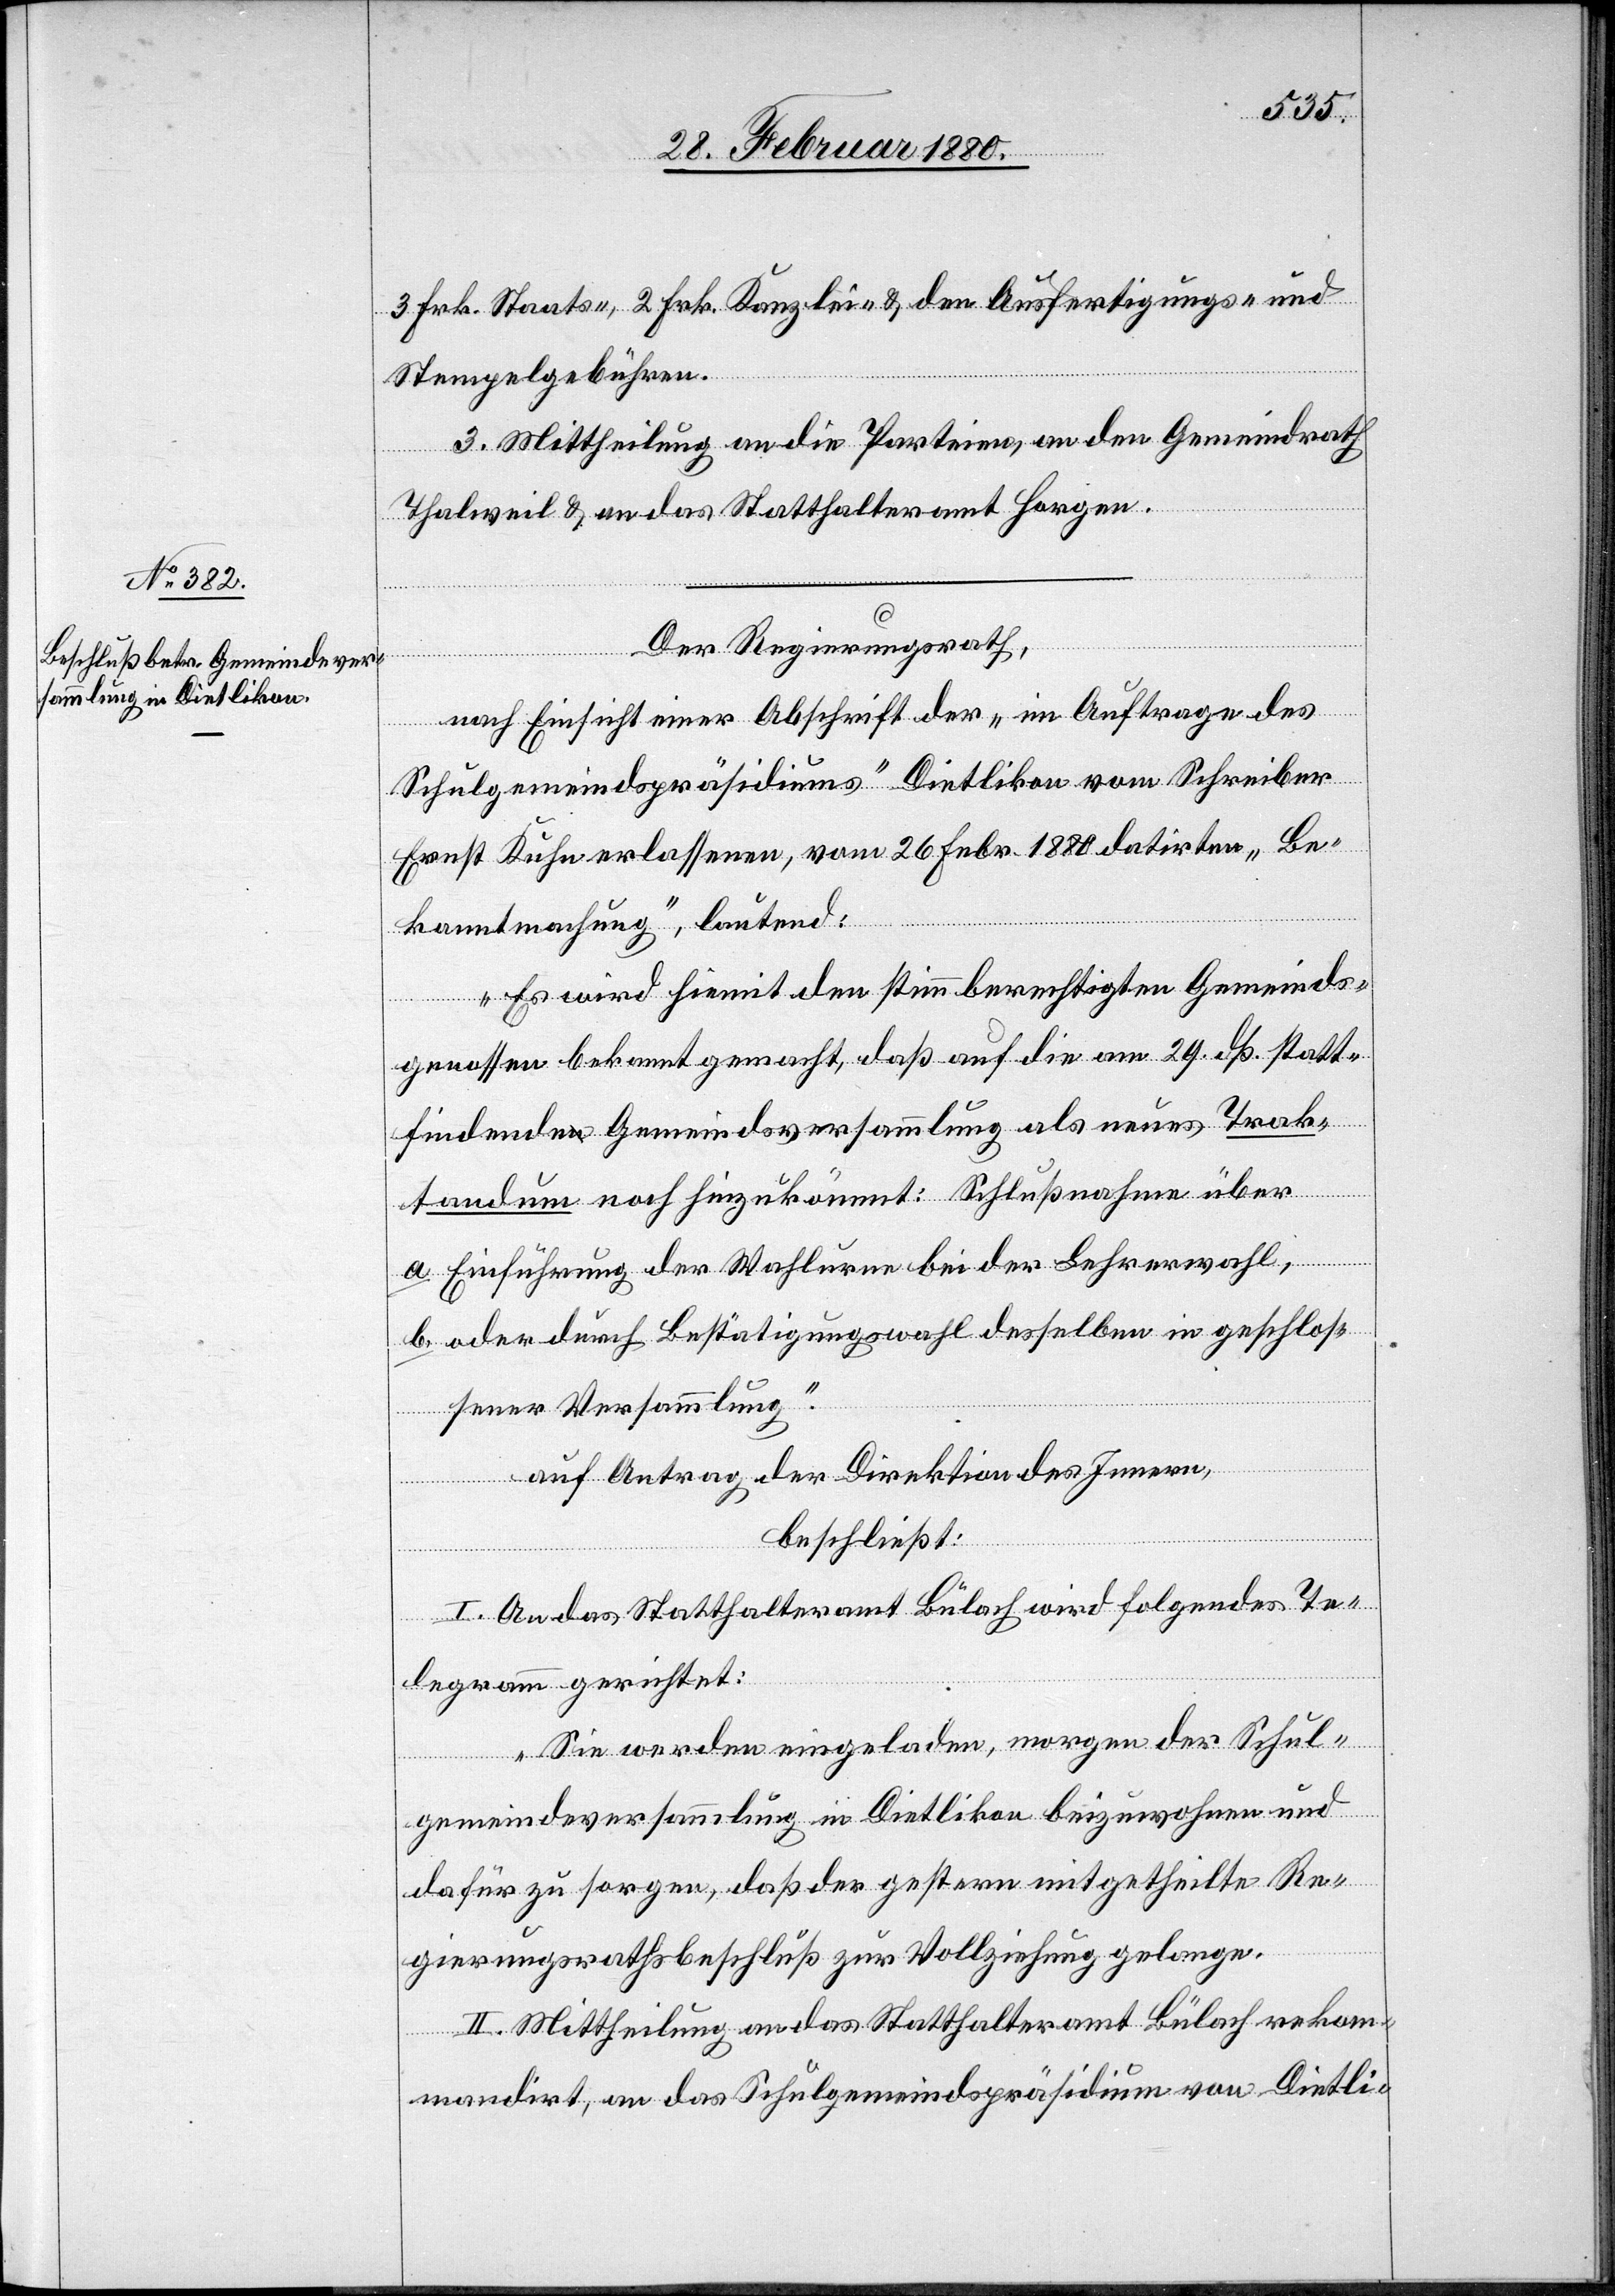
3 Frk. Staats-, 2 Frk. Kanzlei- & den Ausfertigungs- und
Stempelgebühren.
3. Mittheilung an die Parteien, an den Gemeindrath
Thalweil & an das Statthalteramt Horgen.
Der Regierungsrath,
nach Einsicht einer Abschrift der „im Auftrage des
Schulgemeindspräsidiums“ Dietlikon vom Schreiber
Ernst Kuhn erlassenen, vom 26 Febr. 1880 datirten „Be¬
kanntmachung“, lautend:
„Es wird hiemit den stimmberechtigten Gemeinds¬
genossen bekannt gemacht, daß auf die am 29. dß. statt¬
findende Gemeindsversammlung als neues Trak¬
iten,
tandum noch hinzukömmt: Schlußnahme über
a. Einführung der Wahlurne bei der Lehrerwahl,
b. oder durch Bestätigungswahl desselben in geschlos¬
sener Versammlung.“
der
beschließt:
I. An das Statthalteramt Bülach wird folgendes Te¬
legramm gerichtet:
„Sie werden eingeladen, morgen der Schul¬
gemeindeversammlung in Dietlikon beizuwohnen und
dafür zu sorgen, daß der gestern mitgetheilte Re¬
gierungsrathsbeschluß zur Vollziehung gelange.[“]
II. Mittheilung an das Statthalteramt Bülach rekom¬
mandirt, an das Schulgemeindspräsidium Dietli-